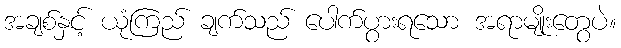
အချစ်နှင့် ယုံကြည် ချက်သည် ပေါက်ပွားရသော အရာမျိုးတွေပဲ။